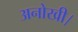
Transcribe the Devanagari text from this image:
अनोखी।